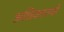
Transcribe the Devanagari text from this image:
अधिकारयों